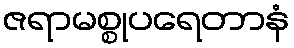
ဇရာမစ္စုပရေတာနံ